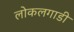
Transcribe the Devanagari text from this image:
लोकलगाडी